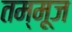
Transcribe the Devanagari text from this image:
तम्मूज